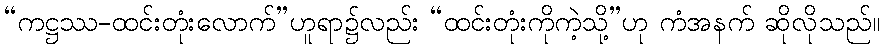
“ကဋ္ဌဿ-ထင်းတုံးလောက်”ဟူရာ၌လည်း “ထင်းတုံးကိုကဲ့သို့”ဟု ကံအနက် ဆိုလိုသည်။